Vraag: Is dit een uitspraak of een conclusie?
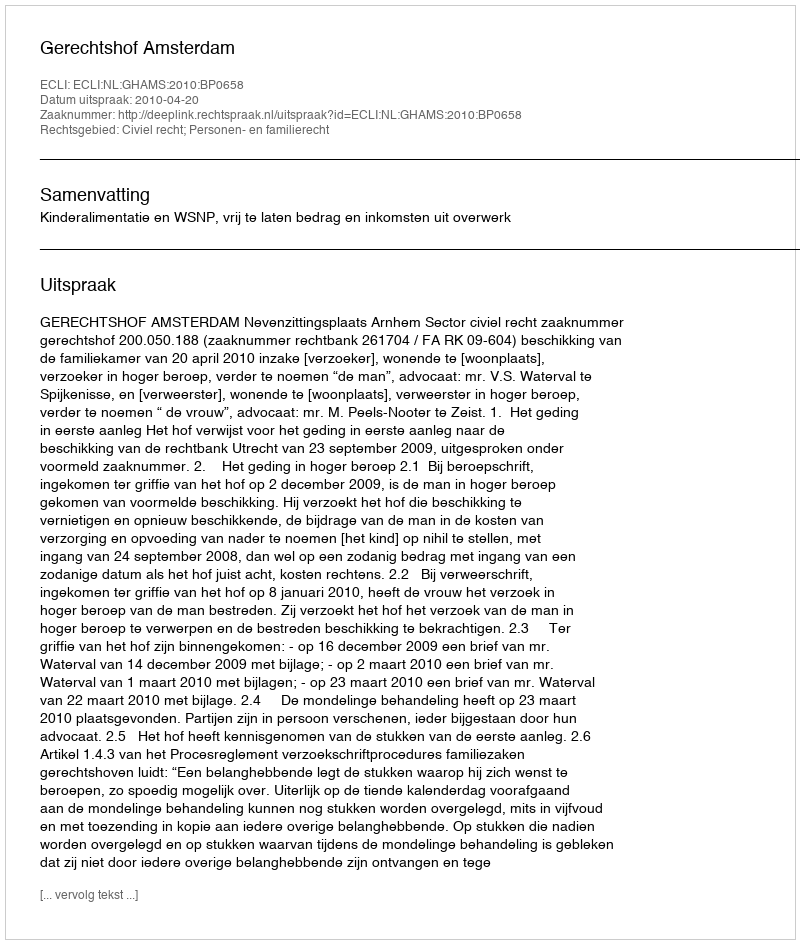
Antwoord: Uitspraak